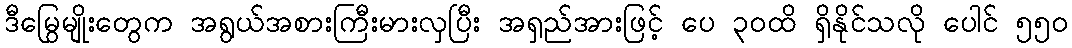
ဒီမြွေမျိုးတွေက အရွယ်အစားကြီးမားလှပြီး အရှည်အားဖြင့် ပေ ၃၀ထိ ရှိနိုင်သလို ပေါင် ၅၅၀